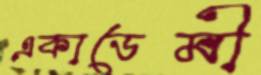
একাডেমী